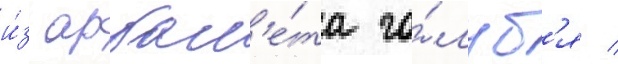
и́з арбал'е́та го́луб'я /